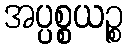
အပ္ပစ္စယဉ္စ